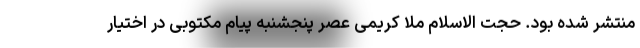
منتشر شده بود. حجت الاسلام ملا کریمی عصر پنجشنبه پیام مکتوبی در اختیار